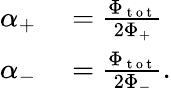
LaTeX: \begin{array}{rl}{\alpha_{+}}&{{}=\frac{\Phi_{\mathrm{~t~o~t~}}}{2\Phi_{+}}}\\ {\alpha_{-}}&{{}=\frac{\Phi_{\mathrm{~t~o~t~}}}{2\Phi_{-}}.}\end{array}